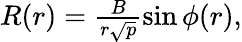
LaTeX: \begin{array}{r}{R(r)=\frac{B}{r\sqrt{p}}\sin{\phi(r)},}\end{array}